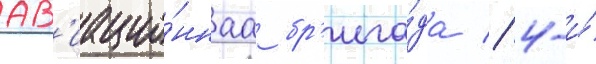
ав'иацио́ннаа бр'ига́да // 4-и́